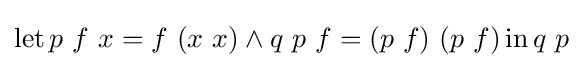
\operatorname {let} p\ f\ x=f\ (x\ x)\land q\ p\ f=(p\ f)\ (p\ f)\operatorname {in} q\ p